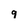
Character: q